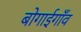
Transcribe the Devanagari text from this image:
बोगाईगाँव